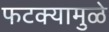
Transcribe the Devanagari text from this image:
फटक्यामुळे